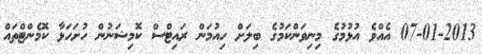
07-01-2013 އެއްވެ އުޅުމުގެ މިނިވަންކަމުގެ ބިލަށް ހިއުމަން ރައިޓްސް ކޮމިޝަނުން ހުށަހަޅާ ކޮމެންޓްތައް